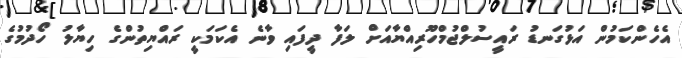
އެހެންކަމުން އަޅުގަނޑު ރައީސުލްޖުމްހޫރިއްޔާއަށް ލަފާ ދީފައި ވާނެ އެކަމަކީ ރައްޔިތުންގެ ހިޔާލު ހޯދުމުގެ